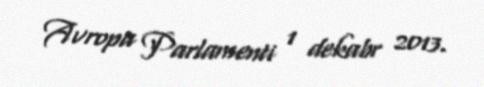
Avropa Parlamenti 1 dekabr 2013.